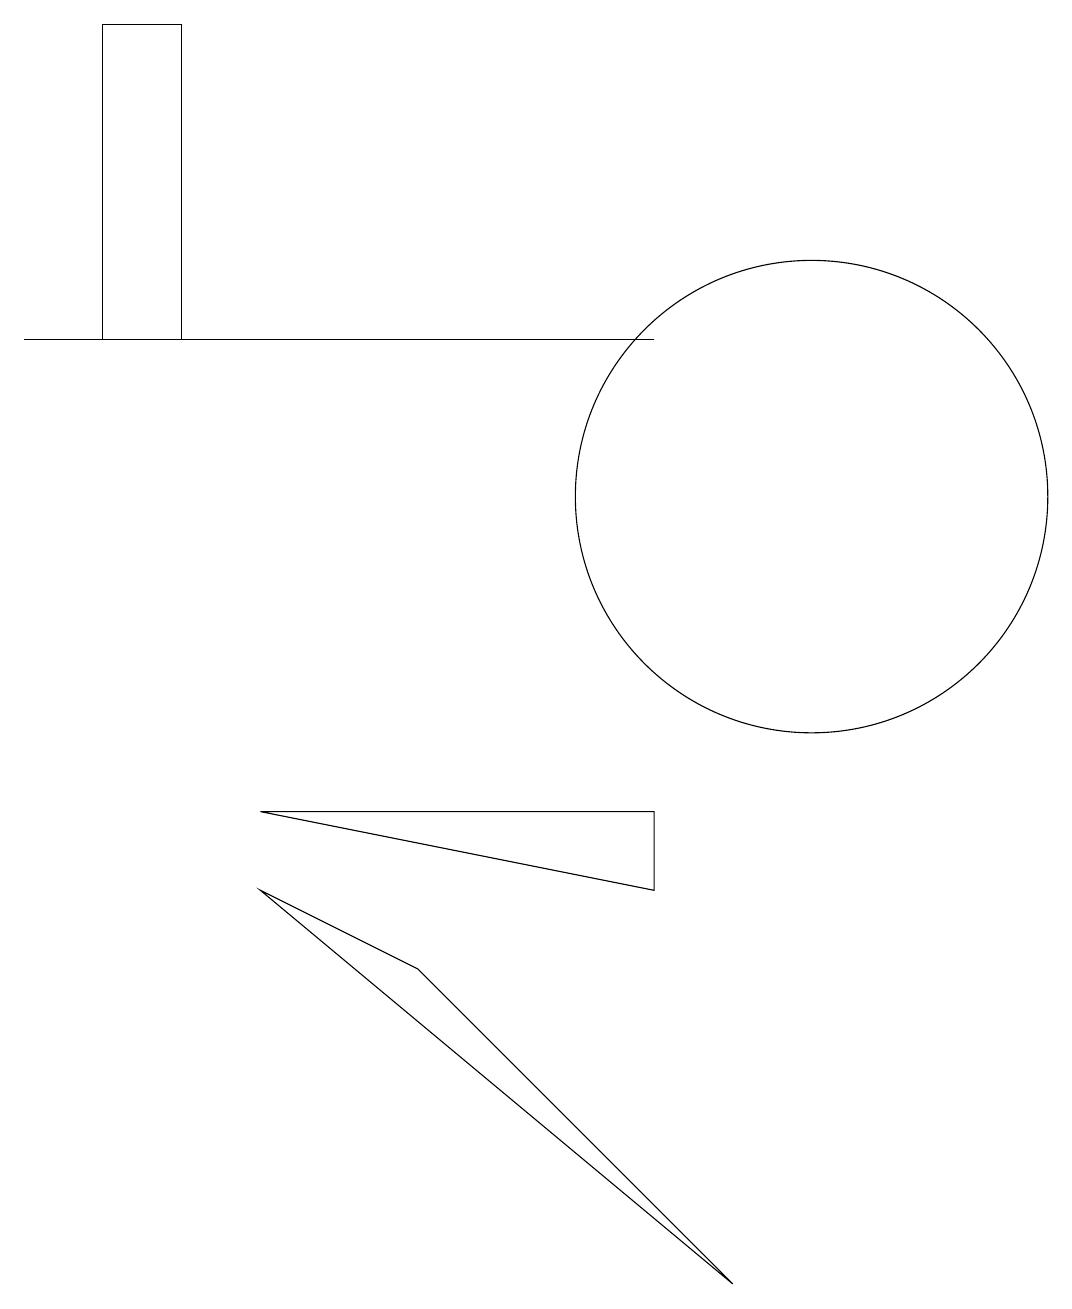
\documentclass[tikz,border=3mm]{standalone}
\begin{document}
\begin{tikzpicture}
\draw (0,13) rectangle (8,13);
\draw (9,1) -- (5,5) -- (3,6) -- cycle;
\draw (1,13) rectangle (2,17);
\draw (10,11) circle (3);
\draw (3,7) -- (8,6) -- (8,7) -- cycle;
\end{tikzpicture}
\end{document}